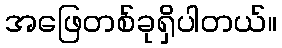
အဖြေတစ်ခုရှိပါတယ်။